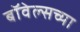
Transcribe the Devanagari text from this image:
बॉवेल्सच्या